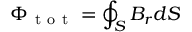
\Phi _ { \mathrm { ~ t ~ o ~ t ~ } } = \oint _ { S } B _ { r } d S